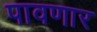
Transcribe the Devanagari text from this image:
पावणार